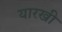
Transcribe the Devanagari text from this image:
यारखी